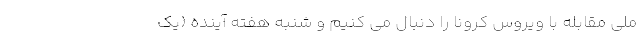
ملی مقابله با ویروس کرونا را دنبال می کنیم و شنبه هفته آینده (یک